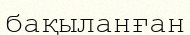
бақыланған